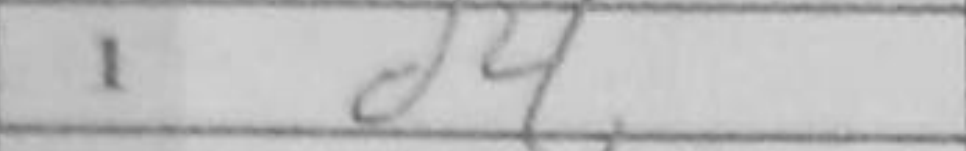
Transcription: d4